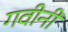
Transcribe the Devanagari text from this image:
गवीनी